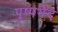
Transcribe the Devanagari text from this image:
पुष्पभेद